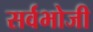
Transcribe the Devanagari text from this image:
सर्वभोजी